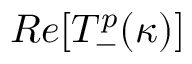
R e [ T _ { - } ^ { p } ( \kappa ) ]